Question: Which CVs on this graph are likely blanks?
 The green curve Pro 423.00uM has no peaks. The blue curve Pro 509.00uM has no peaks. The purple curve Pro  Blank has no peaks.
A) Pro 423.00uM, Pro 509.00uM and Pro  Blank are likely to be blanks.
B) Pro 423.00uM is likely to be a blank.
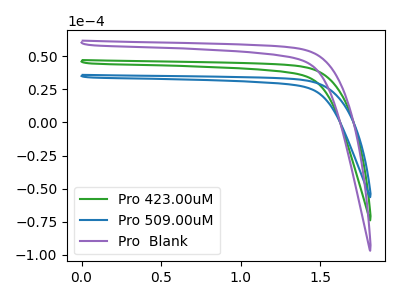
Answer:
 <answer>A) "Pro 423.00uM", "Pro 509.00uM" and "Pro  Blank" are likely to be blanks.</answer>
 <eval>A</eval>